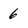
Character: 6